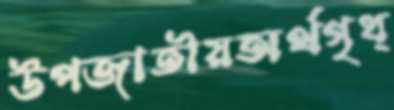
উপজাতীয়অর্থগৃধ্